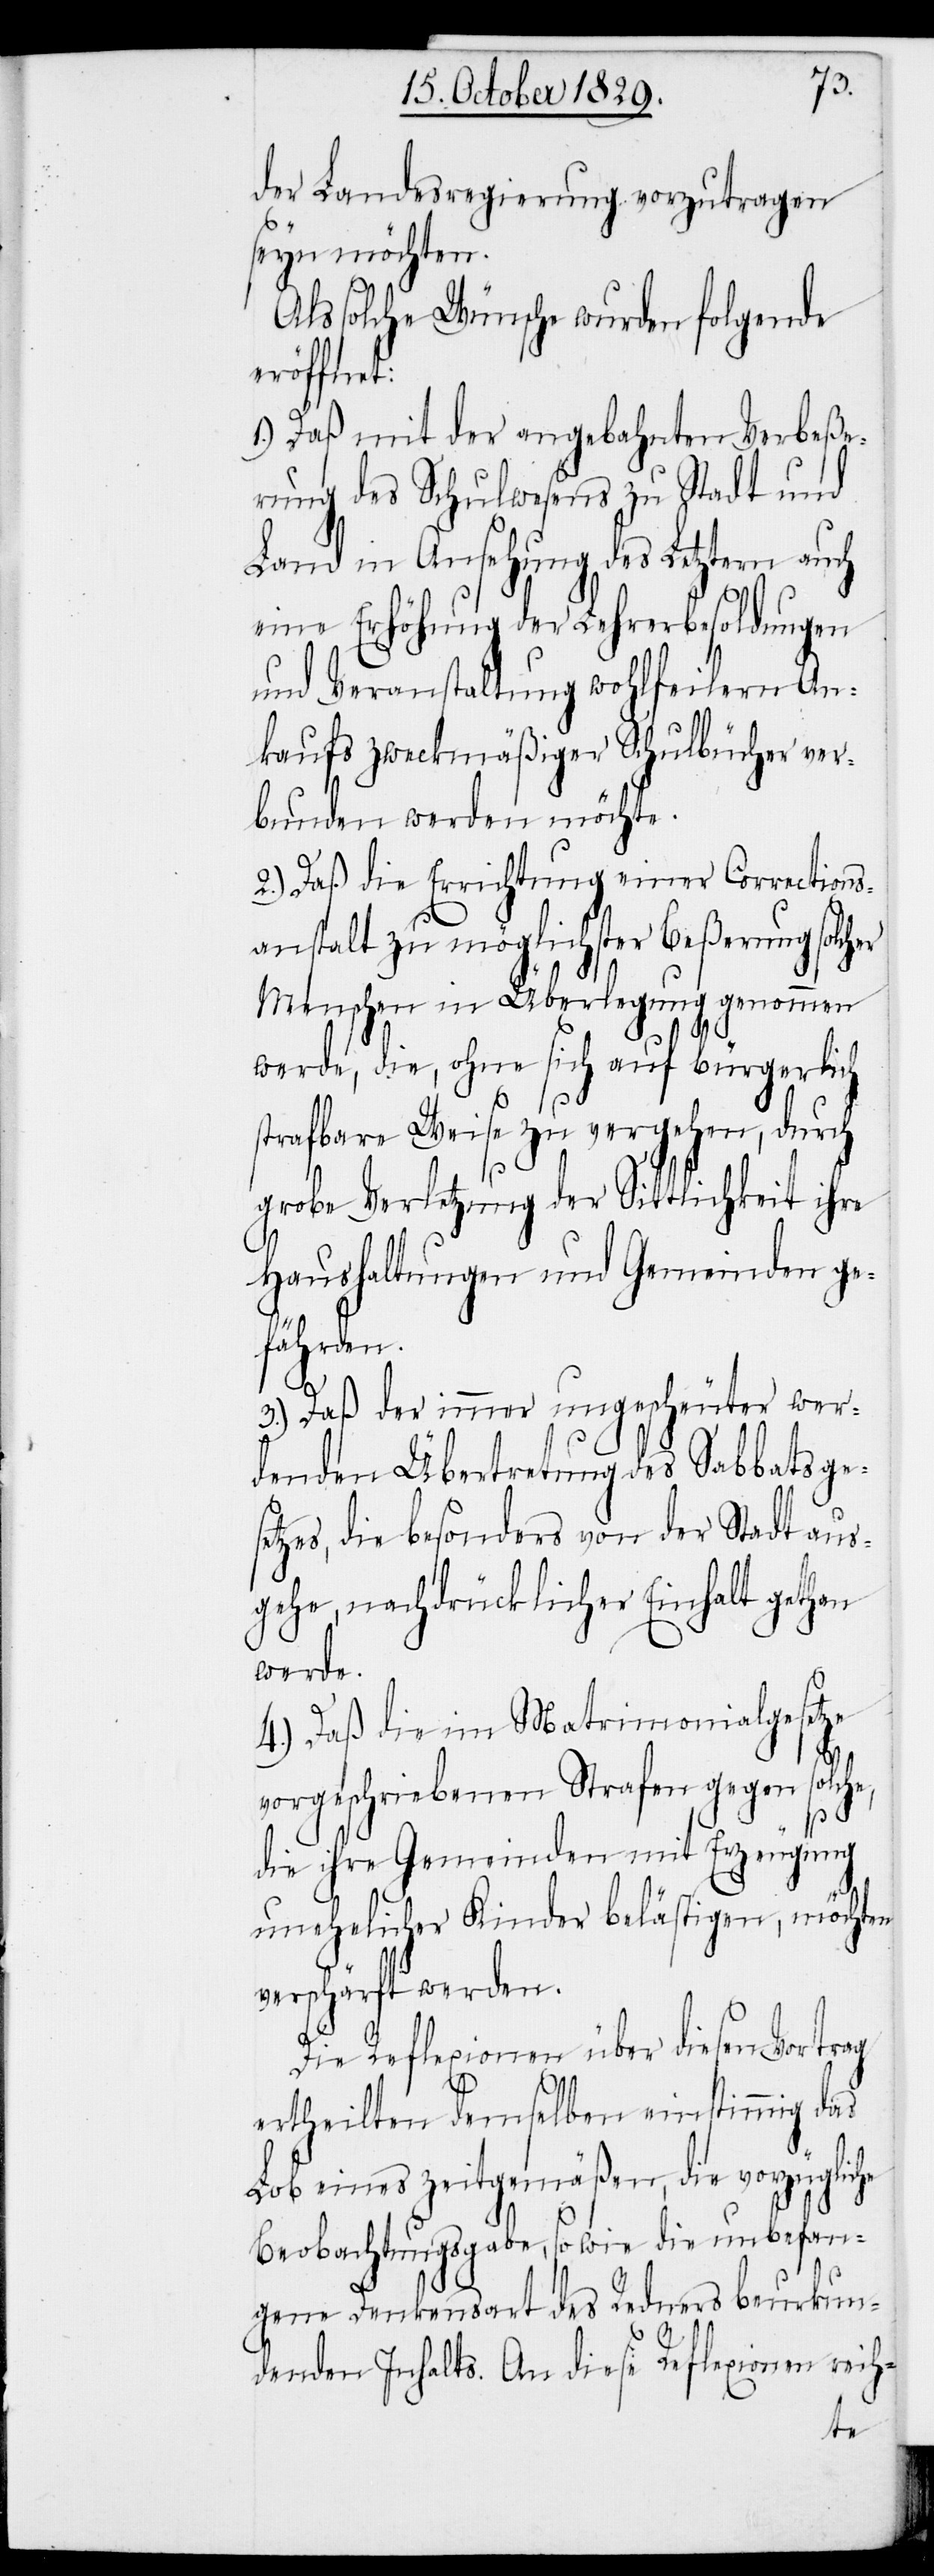
der Landesregierung vorzutragen
seyn möchten.
Als solche Wünsche wurden folgende
eröffnet:
1.) Daß mit der angebahnten Verbeße¬
rung des Schulwesens zu Stadt und
Land in Ansehung des Letztern auch
eine Erhöhung der Lehrerbesoldungen
und Veranstaltung wohlfeilern An¬
kaufs zweckmäßiger Schulbücher ver¬
bunden werden möchte.
2.) Daß die Errichtung einer Corrections¬
anstalt zu möglichster Beßerung solc¬
Menschen in Überlegung genommen
werde, die, ohne sich auf bürgerlich
strafbare Weise zu vergehen, durch
grobe Verletzung der Sittlichkeit ihre
Haushaltungen und Gemeinden ge¬
fährden.
3.) Daß der immer ungescheuter wer¬
denden Übertretung des Sabbatsges¬
etzes, die besonders von der Stadt aus¬
gehe, nachdrückliche Einhalt gethan
werde.
4.) Daß die im Matrimonialgesetze
vorgeschriebenen Strafen gegen solche,
die ihre Gemeinden mit Erzeugung
unehelicher Kinder belästigen, möchten
verschäft werden.
Die Reflexionen über diesen Vortrag
ertheilten demselben einstimmig das
Lob eines zeitgemäßen, die vorzügliche
Beobachtungsgabe, so wie die unbefan¬
gene Denkensart des Redners beurkun¬
denden Inhalts. An diese Reflexionen reih-
her